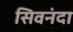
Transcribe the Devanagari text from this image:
सिवनंदा